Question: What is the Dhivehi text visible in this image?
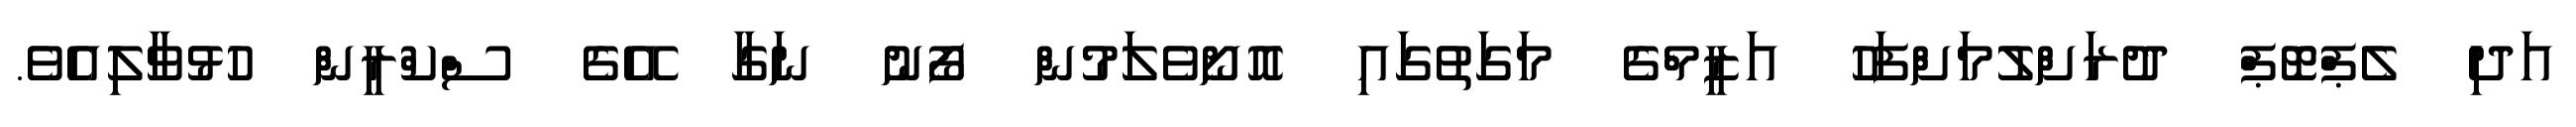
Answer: އަދި ލެޕްޓޮޕް ދުރަށްލުމަށްފަހު އަޒީމްގެ މަގަތުގައި އޮށޯވެލަމުން ފޯނު ނަގާ އޭގެ ސްކްރީން ހުޅުވާލިއެވެ.